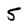
Character: 5